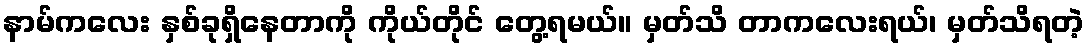
နာမ်ကလေး နှစ်ခုရှိနေတာကို ကိုယ်တိုင် တွေ့ရမယ်။ မှတ်သိ တာကလေးရယ်၊ မှတ်သိရတဲ့